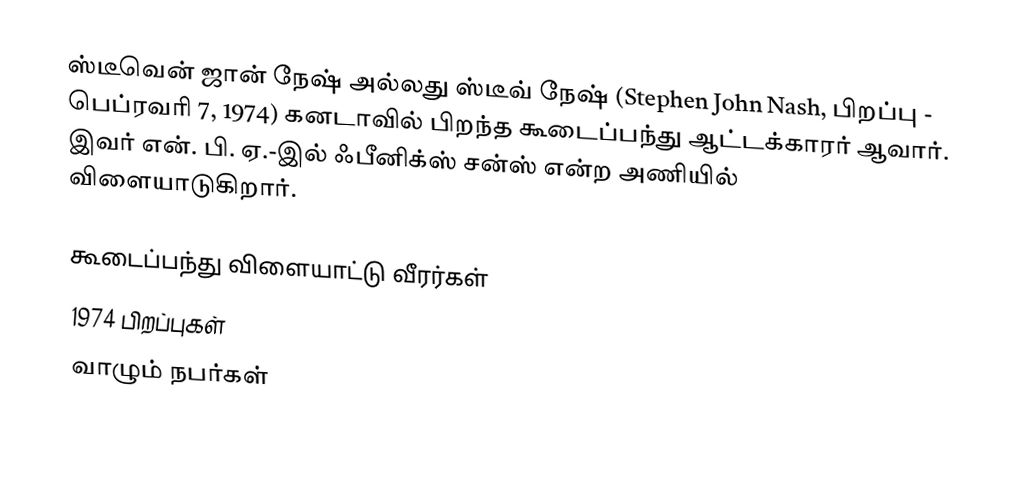
ஸ்டீவென் ஜான் நேஷ் அல்லது ஸ்டீவ் நேஷ் (Stephen John Nash, பிறப்பு - பெப்ரவரி 7, 1974) கனடாவில்  பிறந்த கூடைப்பந்து ஆட்டக்காரர் ஆவார். இவர் என். பி. ஏ.-இல் ஃபீனிக்ஸ் சன்ஸ் என்ற அணியில் விளையாடுகிறார்.

கூடைப்பந்து விளையாட்டு வீரர்கள்
1974 பிறப்புகள்
வாழும் நபர்கள்